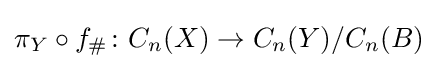
\pi _{Y}\circ f_{\#}\colon C_{n}(X)\to C_{n}(Y)/C_{n}(B)